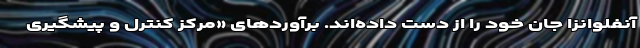
آنفلوانزا جان خود را از دست داده‌اند. برآوردهای «مرکز کنترل و پیشگیری